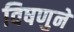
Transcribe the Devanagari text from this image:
विषणुने